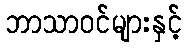
ဘာသာဝင်များနှင့်